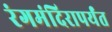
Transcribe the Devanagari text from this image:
रंगमंदिरापर्यंत